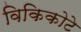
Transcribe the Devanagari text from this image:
विकिकोटे